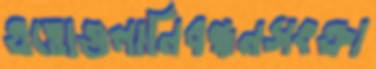
এত্তোগুলানিবন্ধনসংক্রা